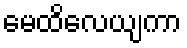
မေထိလေယျကာ